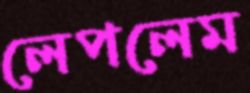
লেপলেম